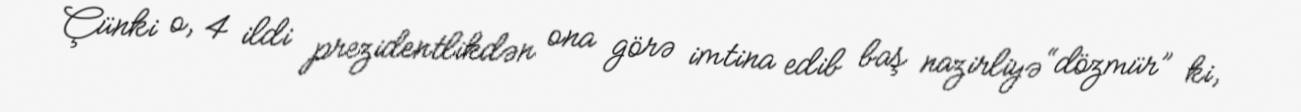
Çünki o, 4 ildi prezidentlikdən ona görə imtina edib baş nazirliyə “dözmür” ki,